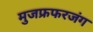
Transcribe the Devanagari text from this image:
मुजफ्रफरजंग